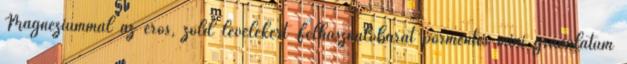
Magnéziummal az erős, zöld levelekért Felhasználóbarát pormentes mini granulátum